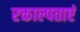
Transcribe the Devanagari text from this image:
रक्ताल्पताएं